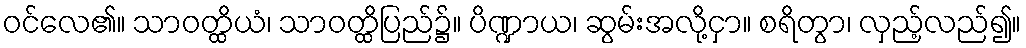
ဝင်လေ၏။ သာဝတ္ထိယံ၊ သာဝတ္ထိပြည်၌။ ပိဏ္ဍာယ၊ ဆွမ်းအလို့ငှာ။ စရိတွာ၊ လှည့်လည်၍။